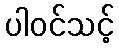
ပါဝင်သင့်